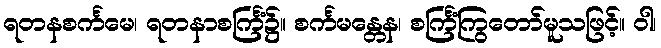
ရတနစင်္ကမေ၊ ရတနာစင်္ကြံ၌။ စင်္ကမန္တေန၊ စင်္ကြံကြွတော်မူသဖြင့်။ ဝါ၊